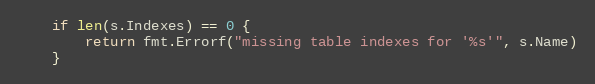
Language: Go
	if len(s.Indexes) == 0 {
		return fmt.Errorf("missing table indexes for '%s'", s.Name)
	}